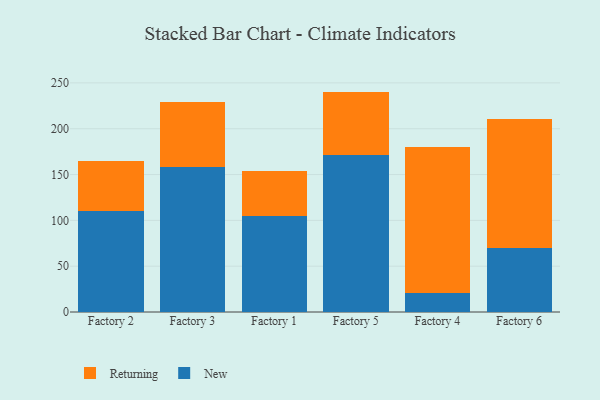
{"axis": {"x": "Factory", "y": "Customer Acquisition Cost (USD)"}, "legend": ["New", "Returning"], "data": [{"x": "Factory 2", "y": 109.8, "type": "New"}, {"x": "Factory 2", "y": 55.0, "type": "Returning"}, {"x": "Factory 3", "y": 158.7, "type": "New"}, {"x": "Factory 3", "y": 70.8, "type": "Returning"}, {"x": "Factory 1", "y": 104.7, "type": "New"}, {"x": "Factory 1", "y": 49.2, "type": "Returning"}, {"x": "Factory 5", "y": 171.1, "type": "New"}, {"x": "Factory 5", "y": 69.4, "type": "Returning"}, {"x": "Factory 4", "y": 20.9, "type": "New"}, {"x": "Factory 4", "y": 158.9, "type": "Returning"}, {"x": "Factory 6", "y": 70.0, "type": "New"}, {"x": "Factory 6", "y": 140.1, "type": "Returning"}]}